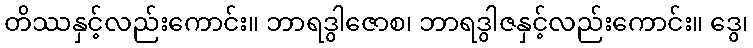
တိဿနှင့်လည်းကောင်း။ ဘာရဒွါဇောစ၊ ဘာရဒွါဇနှင့်လည်းကောင်း။ ဒွေ၊